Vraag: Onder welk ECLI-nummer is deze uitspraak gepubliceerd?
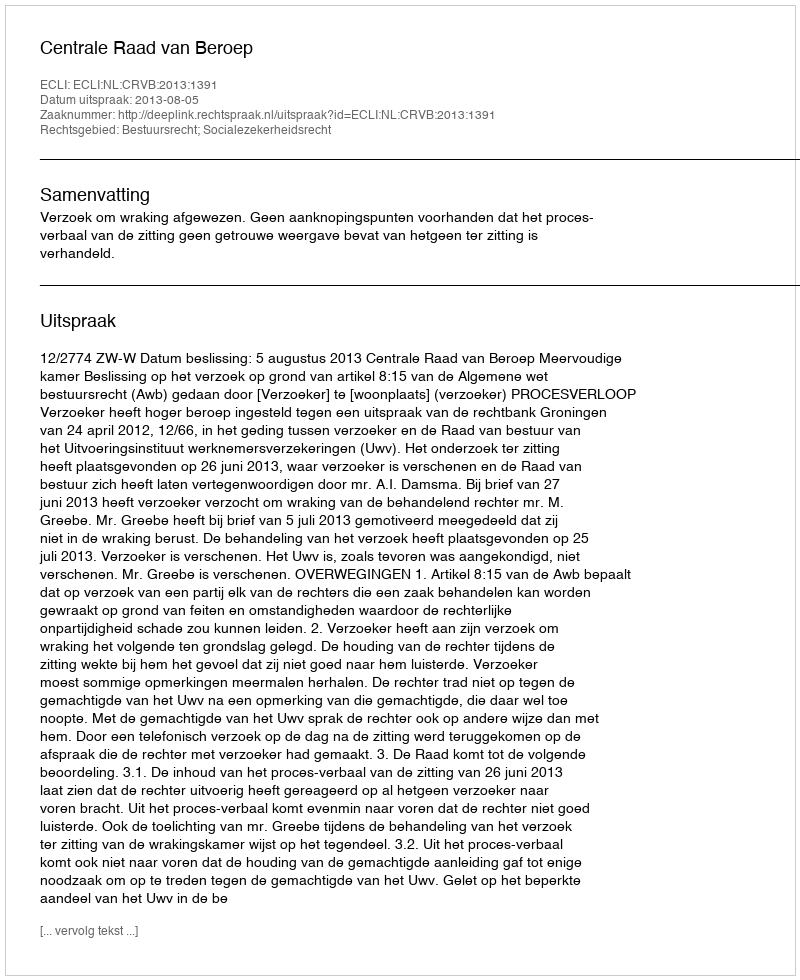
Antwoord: ECLI:NL:CRVB:2013:1391